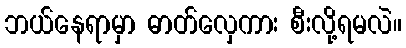
ဘယ်နေရာမှာ ဓာတ်လှေကား စီးလို့ရမလဲ။